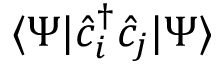
\langle \Psi | \hat { c } _ { i } ^ { \dagger } \hat { c } _ { j } | \Psi \rangle